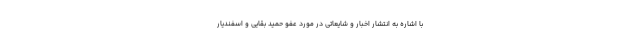
با اشاره به انتشار اخبار و شایعاتی در مورد عفو حمید بقایی و اسفندیار